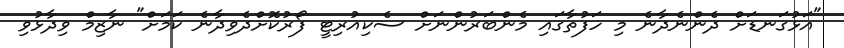
"އަޅުގަނޑަށް ދެންނެދާނެ މި ހަފުތާގައި މެންބަރުންނަށް ސެކިއުރިޓީ ފޯރުކޮށްދެވިދާނެ ކަމަށް" ނާޒިމް ވިދާޅުވި